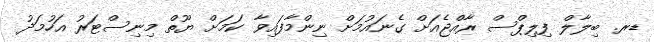
ޑރ. ބިލާލް ފިލިޕްސް ރާއްޖެއަށް ގެނައުމަށް ނިންމާފައިވާ ކަމަށް ޔޫތް މިނިސްޓަރު އަހުމަދު